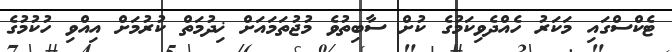
ޓެކްސްގައި މަކަރު ހެއްދެވިކަމުގެ ކުށް ސާބިތުވެ މުޖުތަމައަށް ޚިދުމަތް ކުރުމަށް އިއްވި ހުކުމުގެ